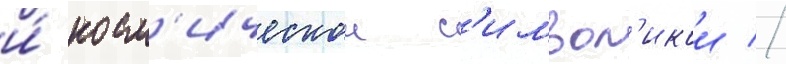
и́ косм'ическои с'имвол'икои //